Annual administration report of the Bombay Presidency - 1887-1892
Year: 1887
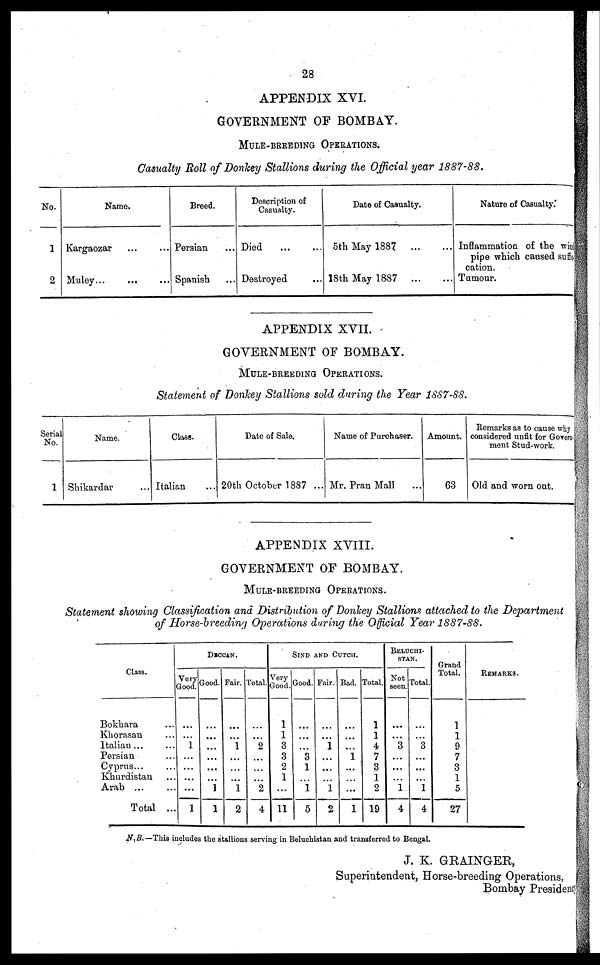
28
APPENDIX XVI.
GOVERNMENT OF BOMBAY.
MULE-BREEDING OPERATIONS.
Casualty Roll of Donkey Stallions during the Official year 1887-88.
No.
1
2
Name.
Kargaozar ... ...
Muley...
...
...
Breed.
Persian ...
Spanish ...
Description of
Casualty.
Died
...
...
Destroyed ...
Date of Casualty.
5th May 1887
...
...
18th May 1887
...
...
Nature of Casualty.
Inflammation of the win
pipe which caused suffi
cation.
Tumour.
APPENDIX XVII.
GOVERNMENT OF BOMBAY.
MULE-BREEDING OPERATIONS.
Statement of Donkey Stallions sold during the Year 1887-88.
Serial
No.
1
Name.
Shikardar ...
Class.
Italian ...
Date of Sale.
20th October 1887 ...
Name of Purchaser.
Mr. Pran Mall ...
Amount.
63
Remarks as to cause why
considered unfit for Govern-
ment Stud-work.
Old and worn out.
APPENDIX XVIII.
GOVERNMENT OF BOMBAY.
MULE-BREEDING OPERATIONS.
Statement showing Classification and Distribution of Donkey Stallions attached to the Department
of Horse-breeding Operations during the Official Year 1887-88.
Class.
Bokhara ...
Khorasan ...
Italian ... ...
Persian ...
Cyprus...
Khurdistan ...
Arab ... ...
Total ...
DECCAN.
Very
Good.
...
...
1
...
...
...
...
1
Good.
...
...
...
...
...
...
1
1
Fair.
...
...
1
...
...
...
1
2
Total.
...
...
2
...
...
...
2
4
SIND AND CUTCH.
Very
Good.
1
1
3
3
2
1
...
11
Good.
...
...
...
3
1
...
1
5
Fair.
...
...
1
...
...
...
1
2
Bad.
...
...
...
1
...
...
...
1
Total.
1
1
4
7
3
1
2
19
BELUCHI-
STAN.
Not
seen.
...
...
3
...
...
...
1
4
Total.
...
...
3
...
...
...
1
4
Grand
Total.
1
1
9
7
3
1
5
27
REMARKS.
N.B.—This includes the stallions serving in Beluchistan and transferred to Bengal.
J. K. GRAINGER,
Superintendent, Horse-breeding Operations,
Bombay President.